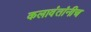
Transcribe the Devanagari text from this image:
कलावंतांनीच